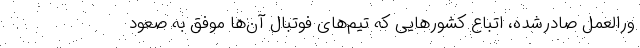
ورالعمل صادرشده، اتباع کشورهایی که تیم‌های فوتبال آن‌ها موفق به صعود